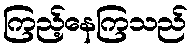
ကြည့်နေကြသည်